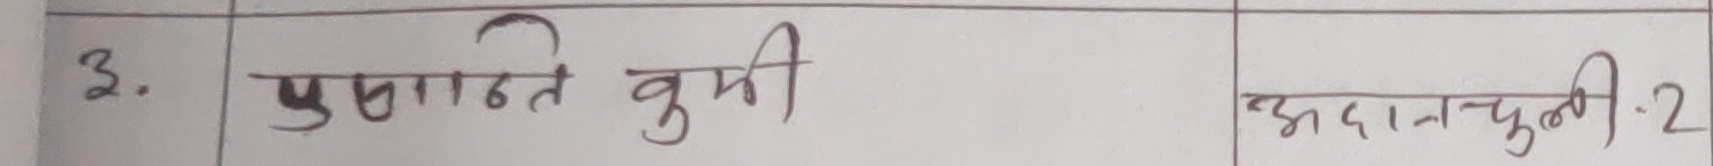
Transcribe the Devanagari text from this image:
3. भुसाते कमी प्रदान चुनी - 2